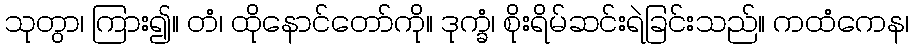
သုတွာ၊ ကြား၍။ တံ၊ ထိုနောင်တော်ကို။ ဒုက္ခံ၊ စိုးရိမ်ဆင်းရဲခြင်းသည်။ ကထံကေန၊